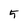
Character: 5